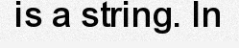
is a string. In